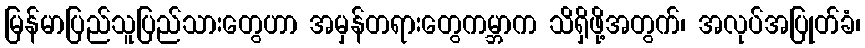
မြန်မာပြည်သူပြည်သားတွေဟာ အမှန်တရားတွေကမ္ဘာက သိရှိဖို့အတွက်၊ အလုပ်အပြုတ်ခံ၊